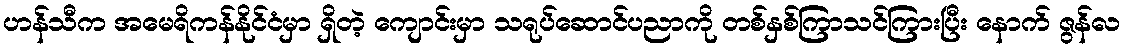
ဟန်သီက အမေရိကန်နိုင်ငံမှာ ရှိတဲ့ ကျောင်းမှာ သရုပ်ဆောင်ပညာကို တစ်နှစ်ကြာသင်ကြားပြီး နောက် ဇွန်လ